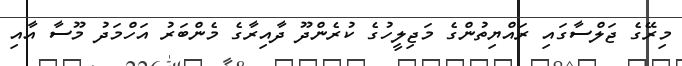
މިރޭގެ ޖަލްސާގައި ރައްޔިތުންގެ މަޖިލީހުގެ ކުރެންދޫ ދާއިރާގެ މެންބަރު އަހްމަދު މޫސާ އާއި